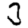
Digit: 3